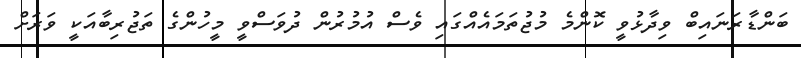
ބަންޑާރަނައިބް ވިދާޅުވީ ކޮންމެ މުޖުތަމައެއްގައި ވެސް އުމުރުން ދުވަސްވީ މީހުންގެ ތަޖުރިބާއަކީ ވަރަށް